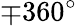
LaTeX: \mp 360^{\circ}